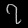
Digit: ၇